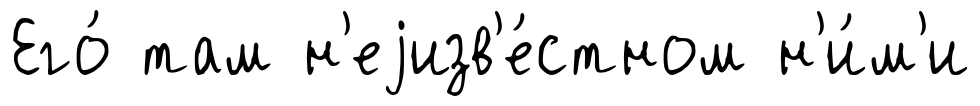
Его́ там н'еjизв'е́стном н'и́м'и